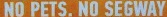
NO PETS.NO SEGWAY